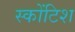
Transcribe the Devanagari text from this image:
स्कोंटिश